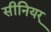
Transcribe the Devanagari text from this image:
सीनियर्